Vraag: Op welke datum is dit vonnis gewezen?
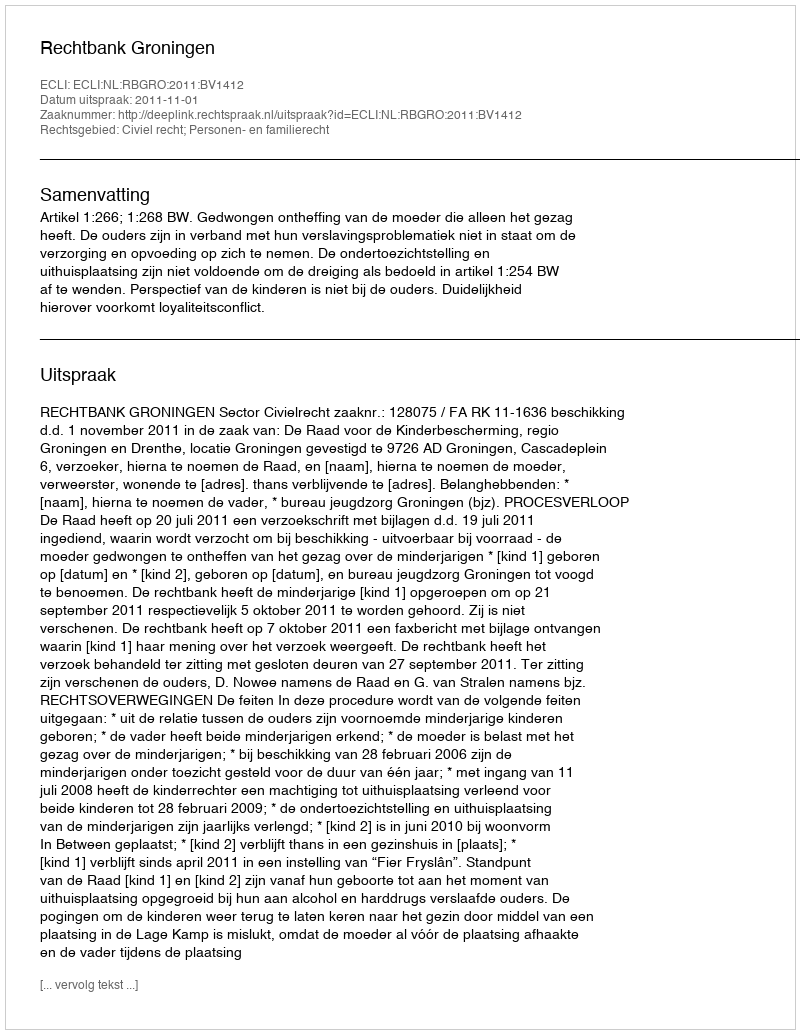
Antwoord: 2011-11-01